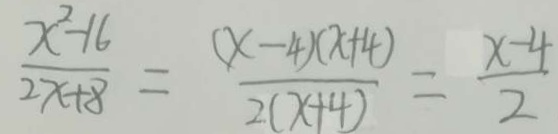
\frac { x ^ { 2 } - 1 6 } { 2 x + 8 } = \frac { ( x - 4 ) \times ( - 4 ) } { 2 ( x + 4 ) } = \frac { x - 4 } { 2 }